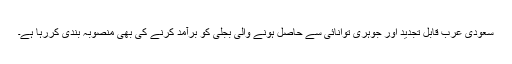
سعودی عرب قابل تجدید اور جوہری توانائی سے حاصل ہونے والی بجلی کو برآمد کرنے کی بھی منصوبہ بندی کررہا ہے۔